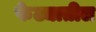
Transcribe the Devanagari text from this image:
फेट्यातील